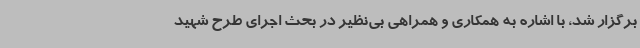
برگزار شد، با اشاره به همکاری و همراهی بی‌نظیر در بحث اجرای طرح شهید